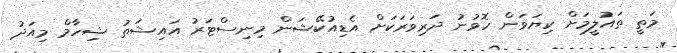
މަތީ ތައުލީމަށް ކިޔަވަން ހޮވުނު ދަރިވަރަކަށް އެޑިއުކޭޝަން މިނިސްޓަރު އައިޝަތު ޝިހާމް މިއަދު